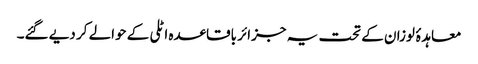
معاہدۂ لوزان کے تحت یہ جزائر باقاعدہ اٹلی کے حوالے کر دیے گئے۔